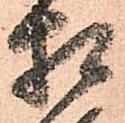
相